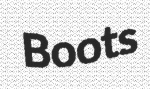
Boots